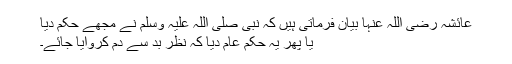
عائشہ رضی اللہ عنہا بیان فرماتی ہیں کہ نبی صلی اللہ علیہ وسلم نے مجھے حکم دیا
یا پھر یہ حکم عام دیا کہ نظر بد سے دم کروایا جائے۔